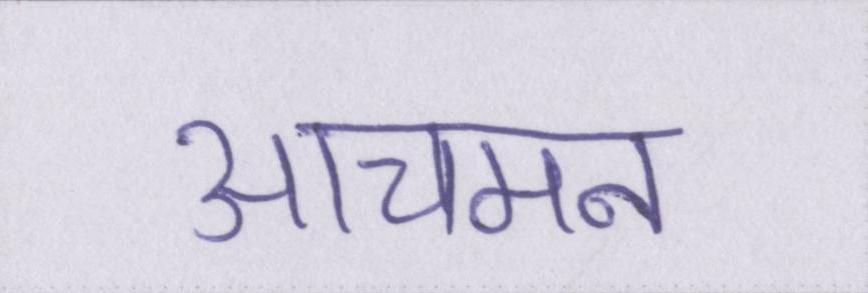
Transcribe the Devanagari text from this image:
आचमन